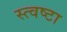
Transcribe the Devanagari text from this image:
स्त्वष्टा